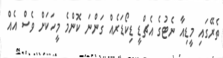
ތެރޭގައި މީޑިއާ ނެޓުގެ އެޗްޑީ ޑިކޯޑަރެއް ގަންނަ ކޮންމެ މީހަކަށް ވެސް އެއް